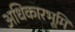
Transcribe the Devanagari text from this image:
अधिकारभूमि